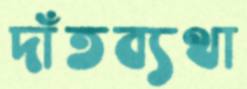
দাঁতব্যথা